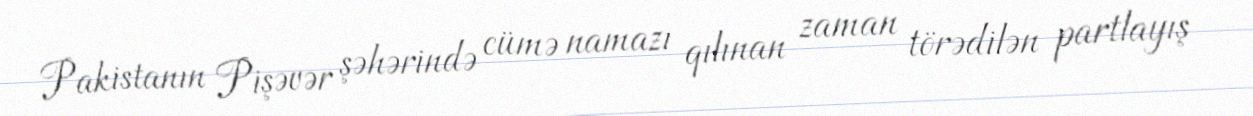
Pakistanın Pişəvər şəhərində cümə namazı qılınan zaman törədilən partlayış